Magi,_Artur, lk 257
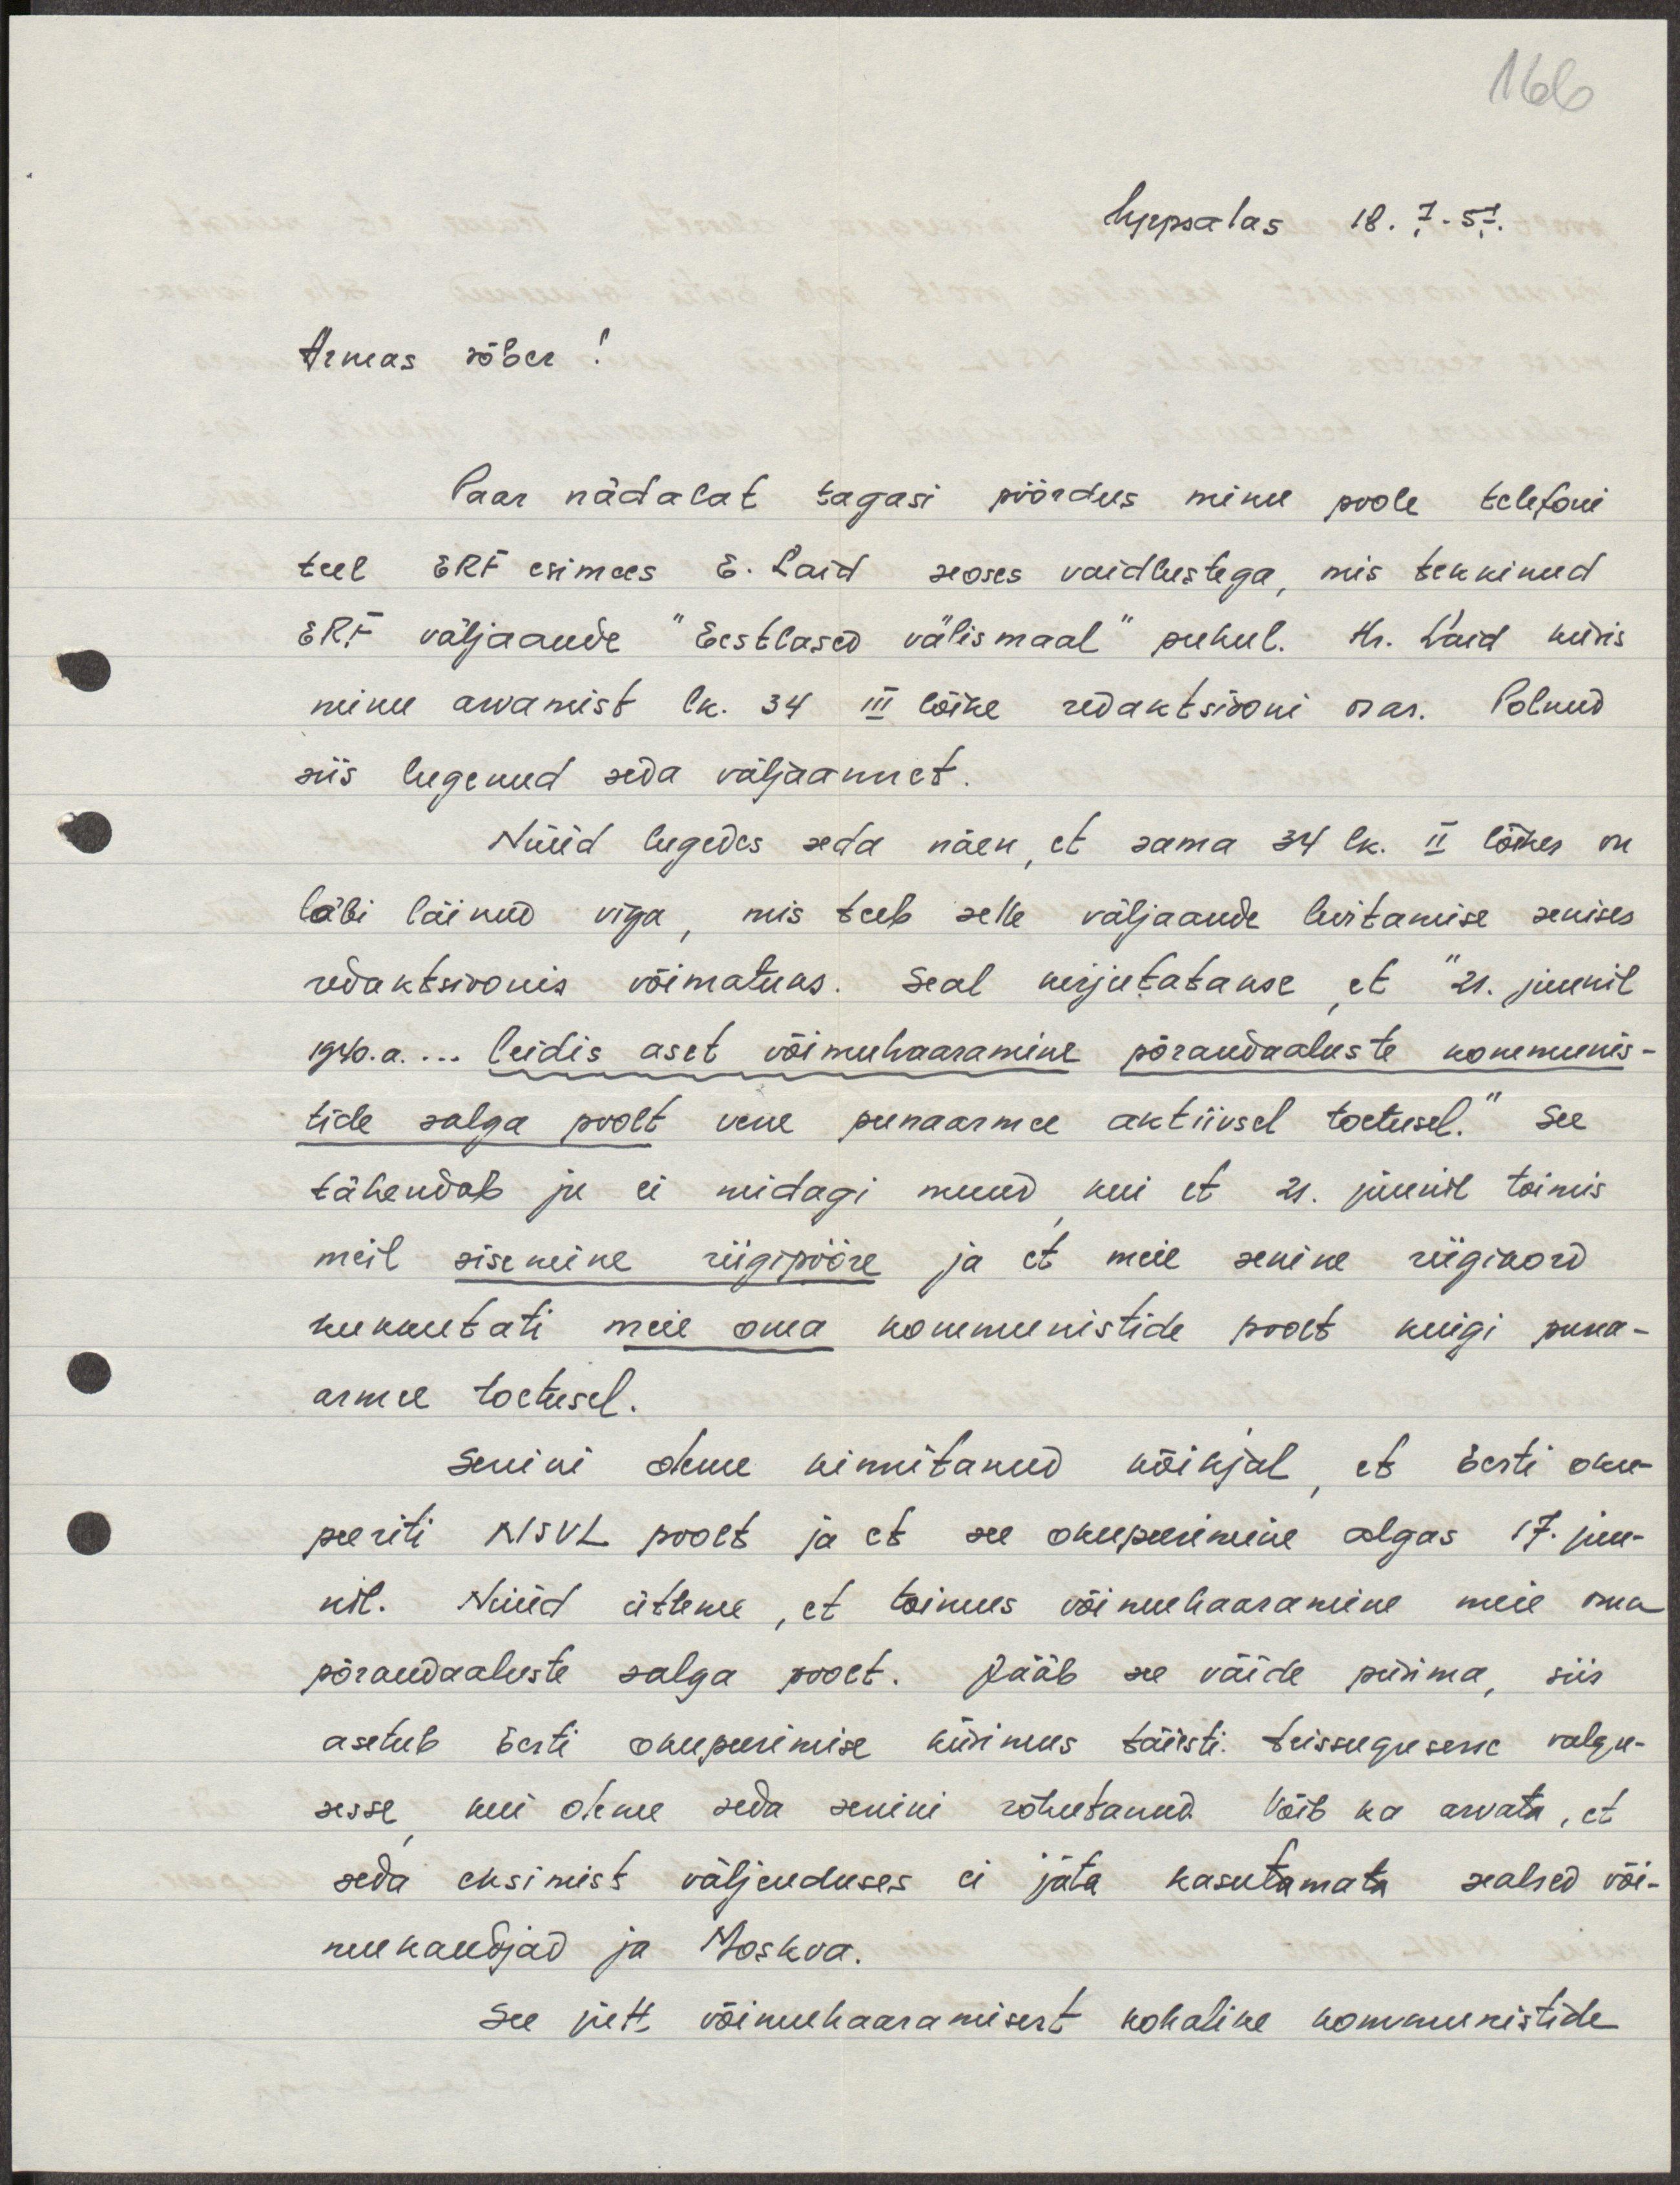
166

Uppsalas 18. 7. 57.
Armas sõber!
Paar nädalat tagasi pöördus minu poole telefoni
teel ERF esimees E. Laid seoses vaidlustega, mis tekkinud
ERF väljaande "Eestlased välismaal" puhul. Hr. Laid küsis
minu arvamist lk. 34 III lõike redaktsiooni osas. Polnud
siis lugenud seda väljaannet.
Nüüd lugedes seda näen, et sama 34 lk. II lõikes on
läbi läinud viga, mis teeb selle väljaande levitamise senises
redaktsioonis võimatuks. Seal kirjutatakse, et "21. juunil
1940.a... leidis aset võimuhaaramine põrandaaluste kommunis-
tide salga poolt vene punaarmee aktiivsel toetusel." See
tähendab ju ei midagi muud kui et 21. juunil toimis
meil sisemine riigipööre ja et meie senine riigikord
kukkutati meie oma kommunistide poolt kuigi puna-
armee toetusel.
Senini oleme kinnitanud kõikjal, et Eesti oku-
peeriti NSVL poolt ja et see okupeerimine algas 17. juu-
nil. Nüüd ütleme, et toimus võimuhaaramine meie oma
põrandaaluste salga poolt. Jääb see väide püsima, siis
asetub Eesti okupeerimise küsimus täiesti teistsugusesse valgu-
sesse kui oleme seda senini rõhutanud. Võib ka arvata, et
seda eksimist väljenduses ei jäta kasutamata sealsed või-
mukandjad ja Moskva.
See jutt võimuharaamisest kohalike kommunistide